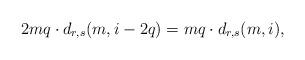
LaTeX: \begin{align*}2mq\cdot d_{r,s}(m,i-2q)=mq\cdot d_{r,s}(m,i),\end{align*}